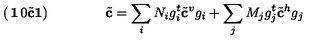
\left( \begin{matrix} { { \bf 1 } } & { 0 } \\ { { \tilde { \bf c } } } & { { \bf 1 } } \\ \end{matrix} \right) \qquad \qquad { \tilde { \bf c } } = \sum _ { i } N _ { i } g _ { i } ^ { t } { \tilde { \bf c } } ^ { v } g _ { i } + \sum _ { j } M _ { j } g _ { j } ^ { t } { \tilde { \bf c } } ^ { h } g _ { j }